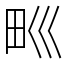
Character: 𤰝